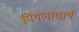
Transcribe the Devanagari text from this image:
पिंगलाचार्य